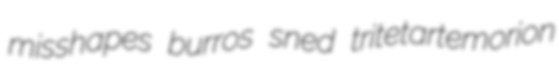
misshapes burros sned tritetartemorion